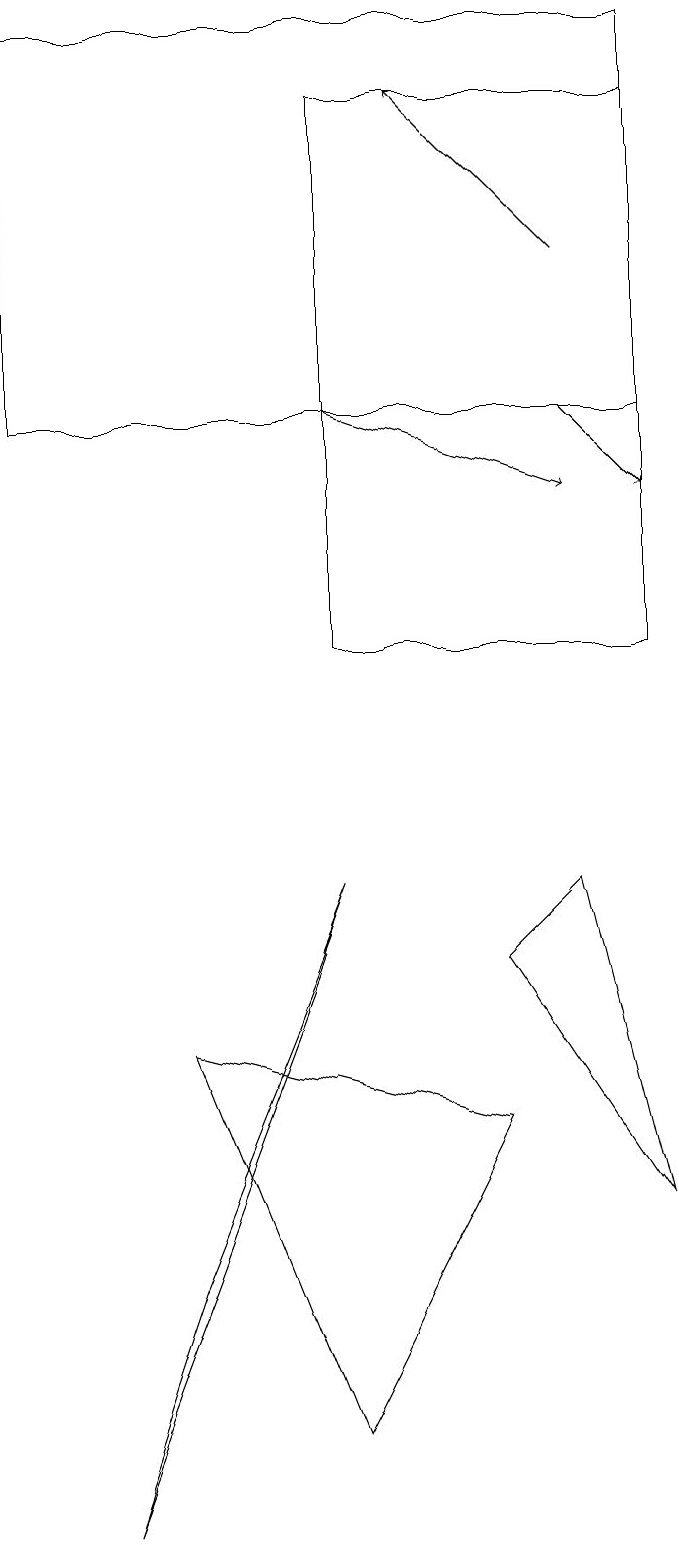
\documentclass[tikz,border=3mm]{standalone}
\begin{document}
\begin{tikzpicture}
\draw[->] (7,16) -- (5,18);
\draw (1,0) -- (2,3) -- (4,8) -- cycle;
\draw (6,5) -- (2,6) -- (4,1) -- cycle;
\draw[->] (4,14) -- (7,13);
\draw (6,7) -- (8,4) -- (7,8) -- cycle;
\draw (0,14) rectangle (8,19);
\draw (8,18) rectangle (4,11);
\draw[->] (7,14) -- (8,13);
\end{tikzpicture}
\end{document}